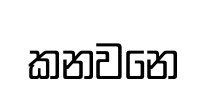
කනවනෙ